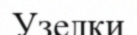
Узелки